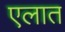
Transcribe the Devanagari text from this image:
एलात